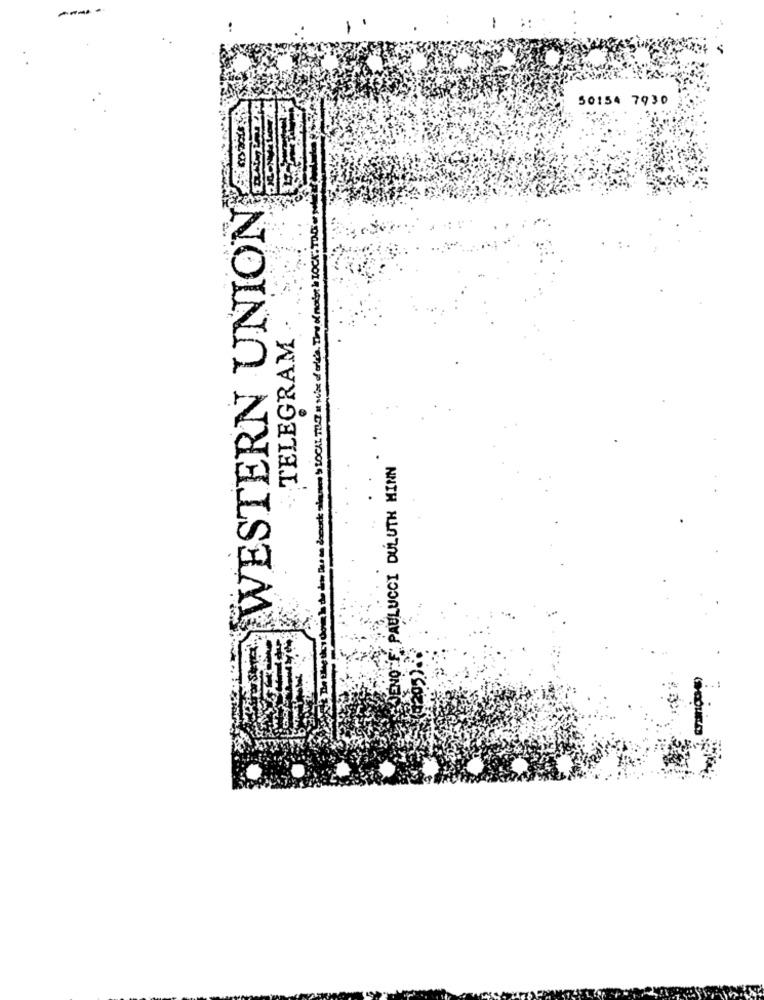
50154 7930
WESTERN UNION
motor & LOCK TOO
TELEGRAM
PAULUCCI DULUTH MINN